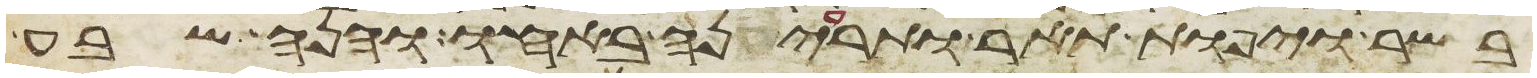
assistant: בשר ויפות תאר ותריענה באחו והנה שבע